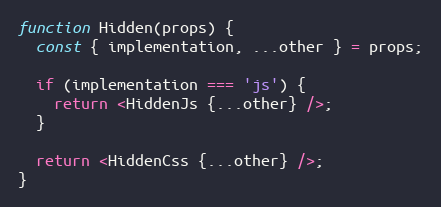
Language: JavaScript
function Hidden(props) {
  const { implementation, ...other } = props;

  if (implementation === 'js') {
    return <HiddenJs {...other} />;
  }

  return <HiddenCss {...other} />;
}